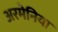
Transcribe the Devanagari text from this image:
अरमेनिया